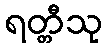
ရတ္တီသု